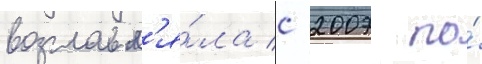
возглавл'я́ла с 2007 по́